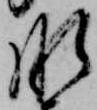
肝